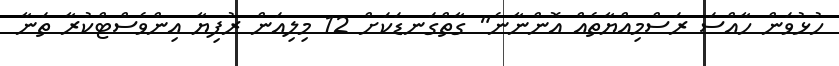
ހުޅުވަން ހާއްސަ ރަސްމިއްޔާތެއް އޮންނާނެ" ގާތްގަނޑަކަށް 12 މިލިއަން ރުފިޔާ އިންވެސްޓްކުރާ ތަނާ